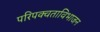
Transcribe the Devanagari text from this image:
परिपक्वताविभाजन